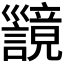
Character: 𫶪